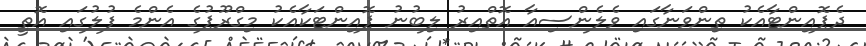
ދެޕޮއިންޓާއެކު ތިންވަނާގައި ވެލެންސިއާ އޮތްއިރު ލިބުނު ޕޮއިންޓަކާއެކު މިގްރޫޕުގެ އެންމެ ފުލުގައި އޮތީ